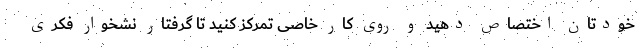
خودتان اختصاص دهید و روی کار خاصی تمرکز کنید تا گرفتار نشخوار فکری